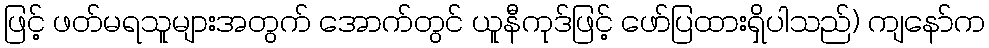
ဖြင့် ဖတ်မရသူများအတွက် အောက်တွင် ယူနီကုဒ်ဖြင့် ဖော်ပြထားရှိပါသည်) ကျနော်က